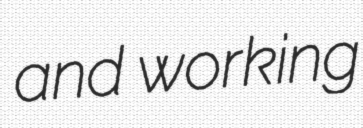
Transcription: and working